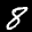
Label: 8